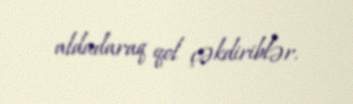
aldadaraq qol çəkdiriblər.